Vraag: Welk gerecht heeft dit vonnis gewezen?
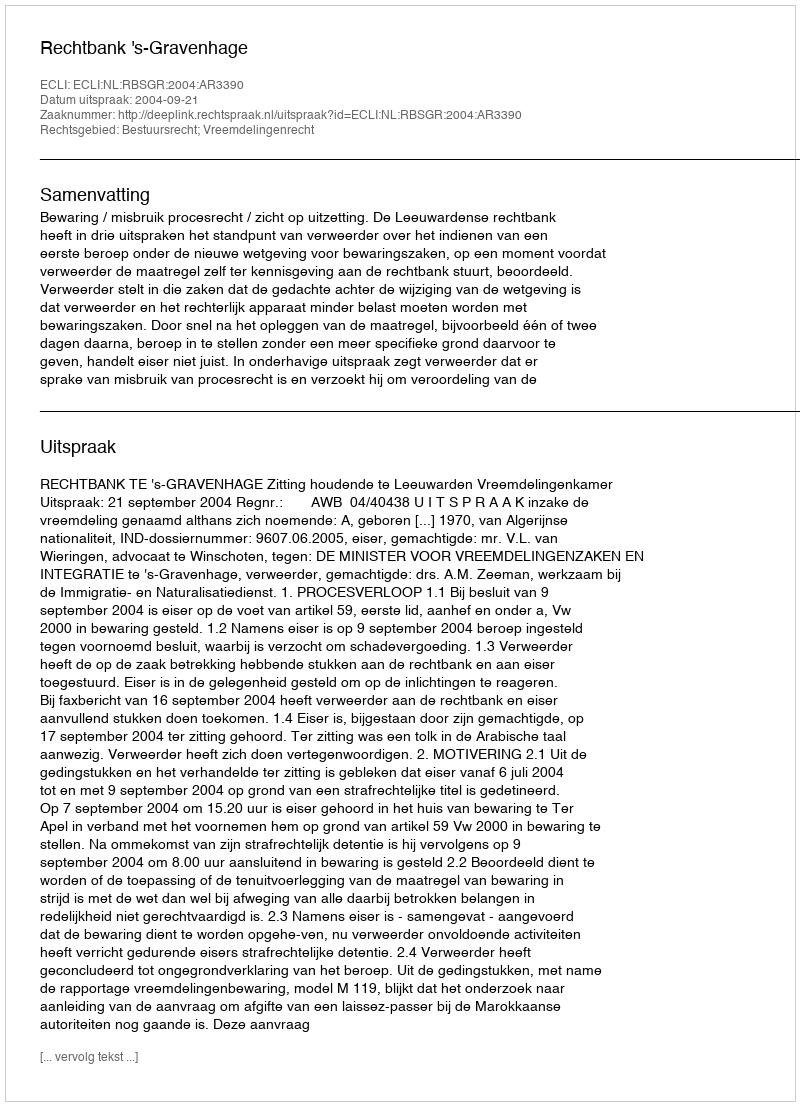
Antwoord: Rechtbank 's-Gravenhage